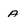
Character: A